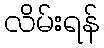
လိမ်းရန်